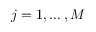
j = 1 , \dots , M